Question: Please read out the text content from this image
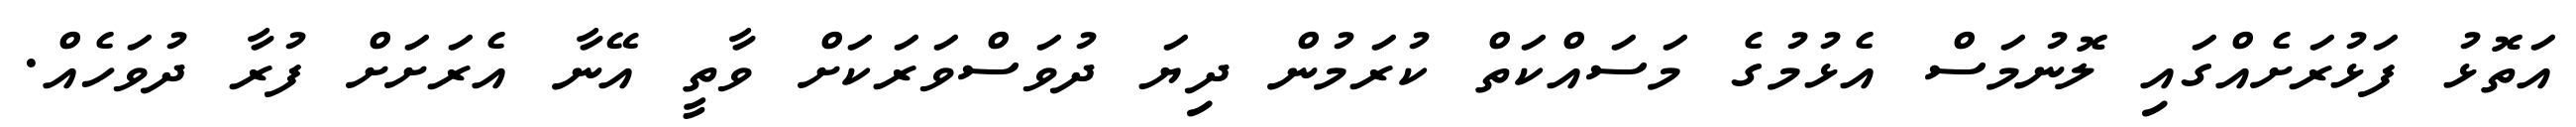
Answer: އަތޮޅު ފަޅުރަށެއްގައި ލޮނުމަސް އެޅުމުގެ މަސައްކަތް ކުރަމުން ދިޔަ ދުވަސްވަރަކަށް ވާތީ އޭނާ އެރަށަށް ފުރާ ދުވަހެއް.